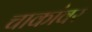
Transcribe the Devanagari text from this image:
चाकांवर